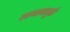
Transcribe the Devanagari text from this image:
उडवल्यामुळे